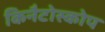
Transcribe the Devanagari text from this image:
किनैटोस्कोप